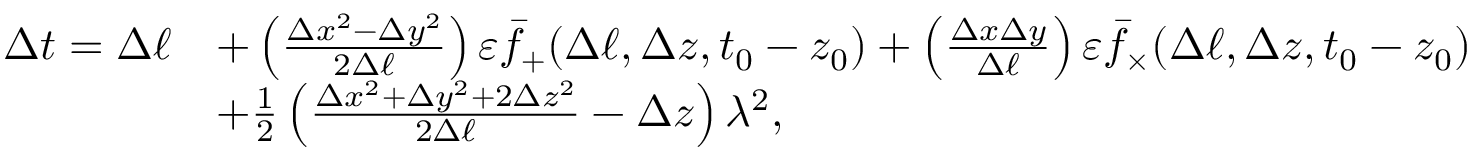
\begin{array} { r l } { \Delta t = \Delta \ell } & { + \left( \frac { \Delta x ^ { 2 } - \Delta y ^ { 2 } } { 2 \Delta \ell } \right) \varepsilon \bar { f } _ { + } ( \Delta \ell , \Delta z , t _ { 0 } - z _ { 0 } ) + \left( \frac { \Delta x \Delta y } { \Delta \ell } \right) \varepsilon \bar { f } _ { \times } ( \Delta \ell , \Delta z , t _ { 0 } - z _ { 0 } ) } \\ & { + \frac { 1 } { 2 } \left( \frac { \Delta x ^ { 2 } + \Delta y ^ { 2 } + 2 \Delta z ^ { 2 } } { 2 \Delta \ell } - \Delta z \right) \lambda ^ { 2 } , } \end{array}